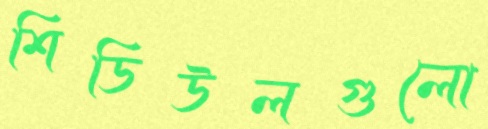
শিডিউলগুলো